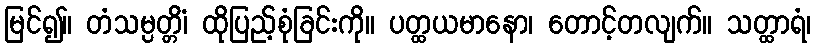
မြင်၍။ တံသမ္ပတ္တိံ၊ ထိုပြည့်စုံခြင်းကို။ ပတ္ထယမာနော၊ တောင့်တလျက်။ သတ္ထာရံ၊